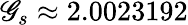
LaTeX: \mathscr{G}_{s}\approx2.0023192